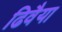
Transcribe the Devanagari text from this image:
ढिवैया